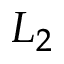
L _ { 2 }